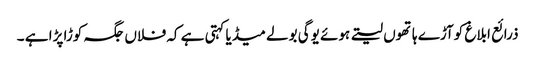
ذرائع ابلاغ کوآڑے ہاتھوں لیتے ہوئے یوگی بولے میڈیا کہتی ہے کہ فلاں جگہ کوڑا پڑا ہے ۔